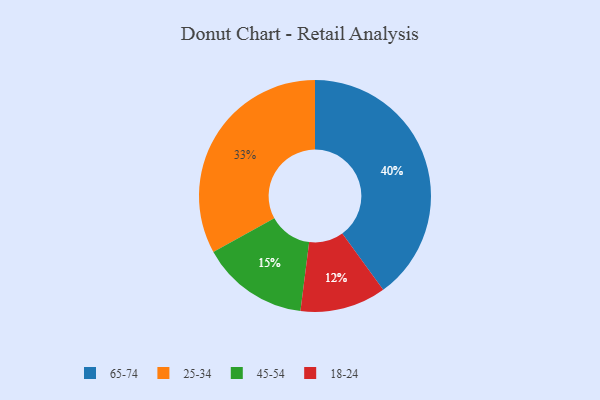
{"axis": {"x": "Category", "y": "Percentage"}, "legend": ["18-24", "25-34", "45-54", "65-74"], "data": [{"x": "18-24", "y": 12, "type": "18-24"}, {"x": "25-34", "y": 33, "type": "25-34"}, {"x": "65-74", "y": 40, "type": "65-74"}, {"x": "45-54", "y": 15, "type": "45-54"}]}